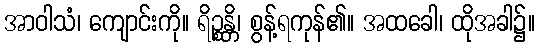
အာဝါသံ၊ ကျောင်းကို။ ရိဉ္စန္တိ၊ စွန့်ရကုန်၏။ အထခေါ၊ ထိုအခါ၌။